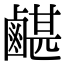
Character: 𪉯